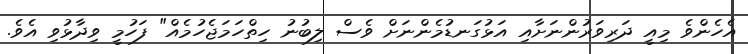
އެހެންވެ މިއީ ދަރިވަރުންނަށާއި އަޅުގަނޑުމެންނަށް ވެސް ލިބުނު ހިތްހަމަޖެހުމެއް" ފަހުމީ ވިދާޅުވި އެވެ.